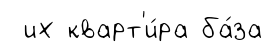
их кварт'и́ра ба́за